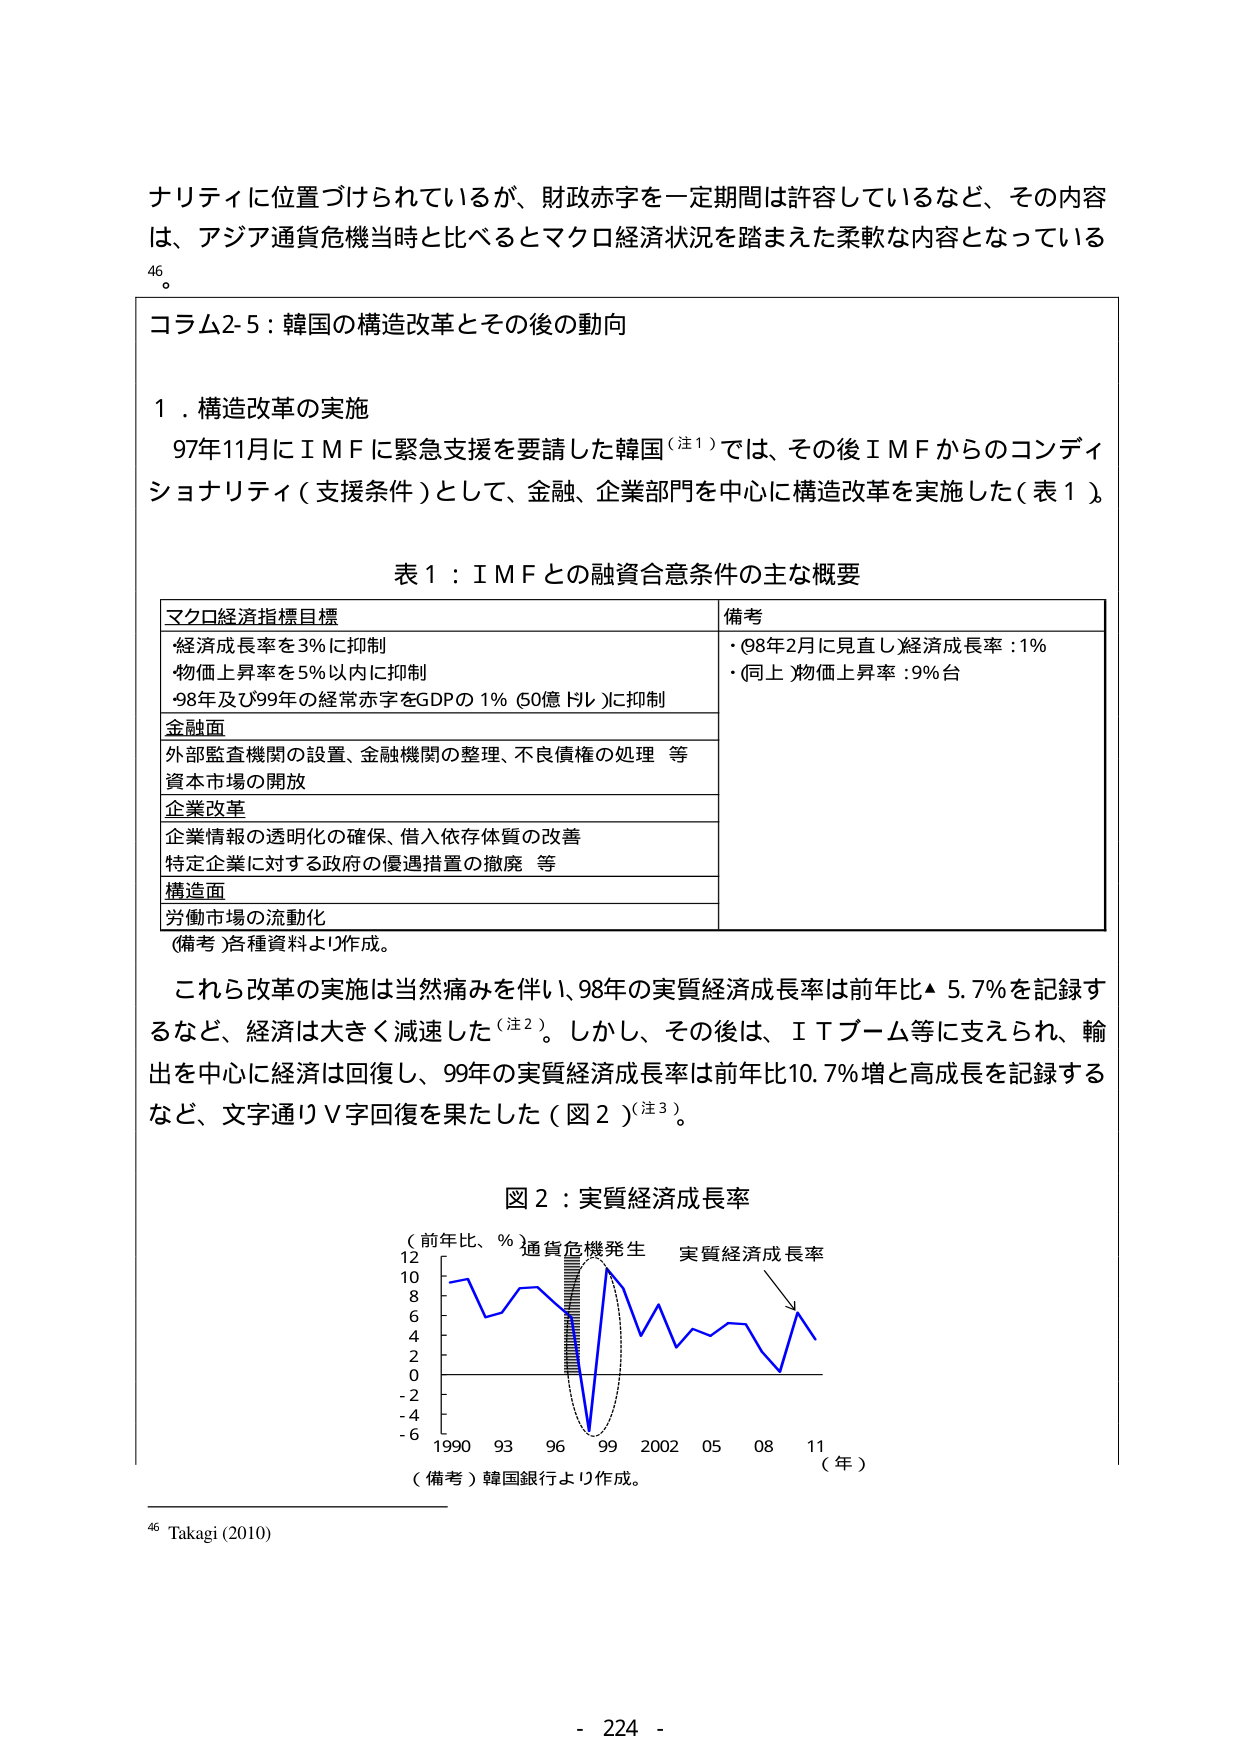
ナリティに位置づけられているが、財政赤字を一定期間は許容しているなど、その内容は、アジア通貨危機当時と比べるとマクロ経済状況を踏まえた柔軟な内容となっている。

46。

コラム2-5：韓国の構造改革とその後の動向

１．構造改革の実施

97年11月にＩＭＦに緊急支援を要請した韓国（注1）では、その後ＩＭＦからのコンディショナリティ（支援条件）として、金融、企業部門を中心に構造改革を実施した（表1）。

表1：ＩＭＦとの融資合意条件の主な概要

マクロ経済指標目標　　　　　　　　　　　　　　　　　　　備考
・経済成長率を3％に抑制　　　　　　　　　　　　　　　　・98年2月に見直し経済成長率：1％
・物価上昇率を5％以内に抑制　　　　　　　　　　　　　　・（同上）物価上昇率：9％台
・98年及び99年の経常赤字をGDPの1％（50億ドル）に抑制

金融面
外部監査機関の設置、金融機関の整理、不良債権の処理　等
資本市場の開放

企業改革
企業情報の透明化の確保、借入依存体質の改善
特定企業に対する政府の優遇措置の撤廃　等

構造面
労働市場の流動化

（備考）各種資料より作成。

これら改革の実施は当然痛みを伴い、98年の実質経済成長率は前年比▲5.7％を記録するなど、経済は大きく減速した（注2）。しかし、その後は、ＩＴブーム等に支えられ、輸出を中心に経済は回復し、99年の実質経済成長率は前年比10.7％増と高成長を記録するなど、文字通りＶ字回復を果たした（図2）（注3）。

図2：実質経済成長率

（前年比、％）通貨危機発生　実質経済成長率
12
10
8
6
4
2
0
-2
-4
-6
1990　93　96　99　2002　05　08　11　（年）

（備考）韓国銀行より作成。

46 Takagi (2010)

- 224 -